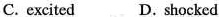
C. excited D. shocked